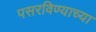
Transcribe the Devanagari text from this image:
पसरविण्याच्या